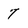
Character: 7